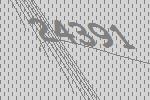
24391